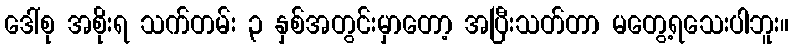
ဒေါ်စု အစိုးရ သက်တမ်း ၃ နှစ်အတွင်းမှာတော့ အပြီးသတ်တာ မတွေ့ရသေးပါဘူး။